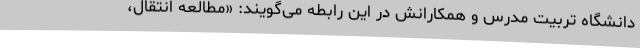
دانشگاه تربیت مدرس و همکارانش در این رابطه می‌گویند: «مطالعه انتقال،